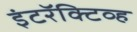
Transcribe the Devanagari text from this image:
इंटरॅक्टिव्ह